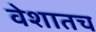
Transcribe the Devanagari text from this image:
वेशातच